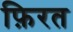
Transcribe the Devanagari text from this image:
फ़िरत